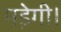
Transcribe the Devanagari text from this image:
पडे़गी।